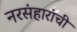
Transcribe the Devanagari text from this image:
नरसंहारांची